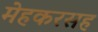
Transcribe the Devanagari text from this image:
मेहकरसह